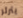
يثرثر